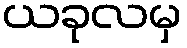
ယခုလမှ